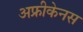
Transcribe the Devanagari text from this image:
अफ्रीकेनस